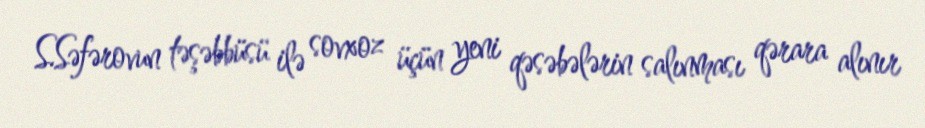
S.Səfərovun təşəbbüsü ilə sovxoz üçün yeni qəsəbələrin salınması qərara alınır